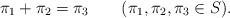
LaTeX: \begin{align*} \pi_1 + \pi_2 = \pi_3 \qquad(\pi_1,\pi_2,\pi_3\in S).\end{align*}